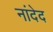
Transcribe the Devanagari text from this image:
नांदेद